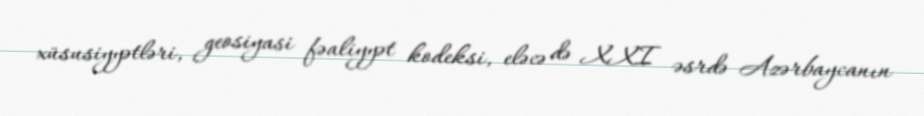
xüsusiyyətləri, geosiyasi fəaliyyət kodeksi, eləcə də XXI əsrdə Azərbaycanın